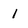
Character: 1